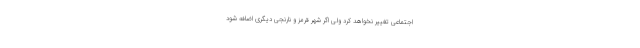
اجتماعی تغییر نخواهد کرد ولی اگر شهر قرمز و نارنجی دیگری اضافه شود